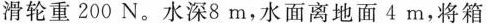
滑轮重200N。水深8m，水面离地面4m，将箱